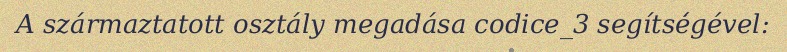
A származtatott osztály megadása codice_3 segítségével: